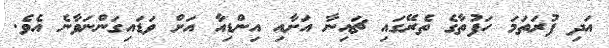
އަދި ފުރަތަމަ ހަފުތާގެ ތެރޭގައި ޗައިނާ އަށާއި އިންޑިއާ އަށް ވަޑައިގަންނަވާނެ އެވެ.